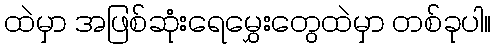
ထဲမှာ အဖြစ်ဆုံးရေမွှေးတွေထဲမှာ တစ်ခုပါ။